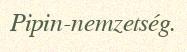
Pipin-nemzetség.